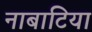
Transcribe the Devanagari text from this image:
नाबाटिया